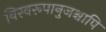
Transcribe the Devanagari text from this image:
विस्वरूपानुजश्चापि